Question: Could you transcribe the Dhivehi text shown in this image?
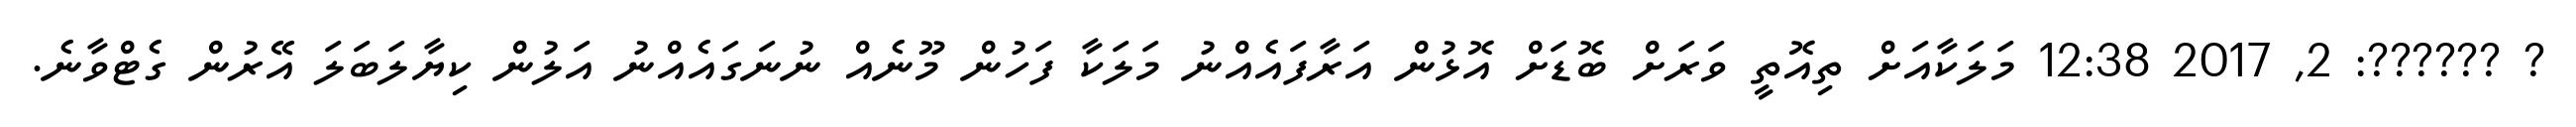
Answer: ? ??????: 2, 2017 12:38 މަލަކާއަށް ތިއޮތީ ވަރަށް ބޮޑަށް އޮޅުން އަރާފައެއްނު މަލަކާ ފަހުން މޫނެއް ނުނަގައެއްނު އަލުން ކިޔާލަބަލަ އޭރުން ގެޓްވާނެ.